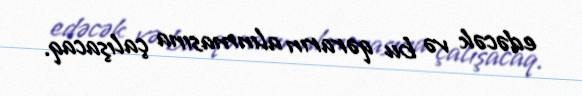
edəcək və bu qərarın alınmasına çalışacaq.